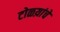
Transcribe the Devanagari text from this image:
टोळय़ांचे